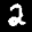
Label: 2